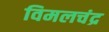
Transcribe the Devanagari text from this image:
विमलचंद्र